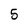
Character: 5